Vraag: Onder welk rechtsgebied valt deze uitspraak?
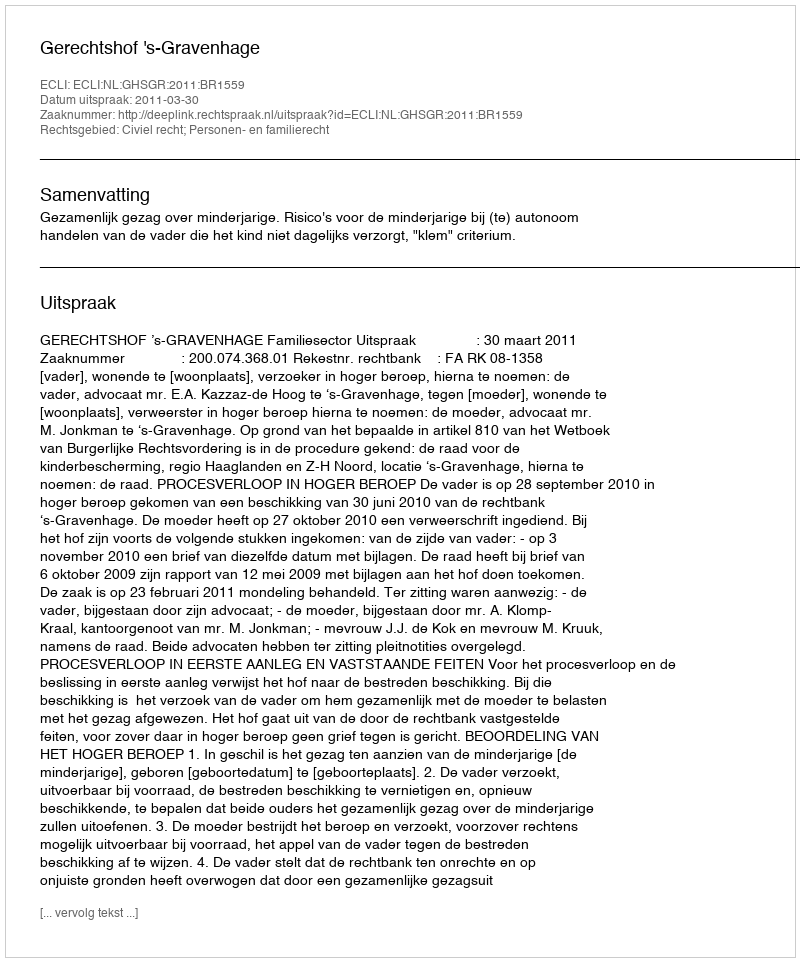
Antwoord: Civiel recht; Personen- en familierecht